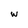
Character: w